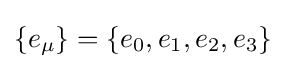
\{e_{\mu }\}=\{e_{0},e_{1},e_{2},e_{3}\}